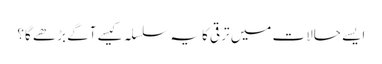
ایسے حالات میں ترقی کا یہ سلسلہ کیسے آگے بڑھے گا؟